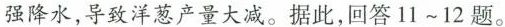
强降水，导致洋葱产量大减。据此，回答11\sim12题。